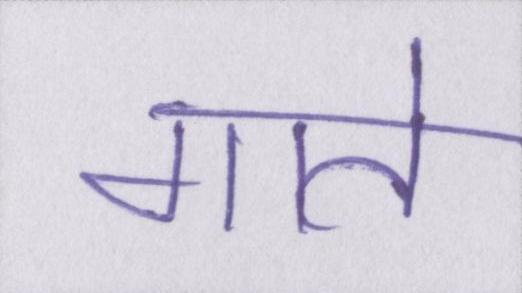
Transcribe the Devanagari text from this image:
गाते